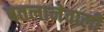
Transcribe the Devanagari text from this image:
बतलानेवाली